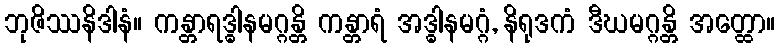
ဘုဇိဿနိဒါနံ။ ကန္တာရဒ္ဓါနမဂ္ဂန္တိ ကန္တာရံ အဒ္ဓါနမဂ္ဂံ, နိရုဒကံ ဒီဃမဂ္ဂန္တိ အတ္ထော။